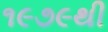
૧૯૭૯થી